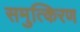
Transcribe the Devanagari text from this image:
समुत्किरण